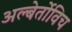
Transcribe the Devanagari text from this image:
अल्बेर्तोविच